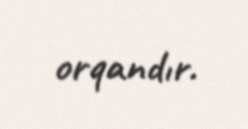
orqandır.